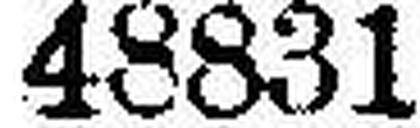
48831